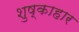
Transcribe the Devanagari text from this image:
शुष्काहार